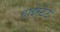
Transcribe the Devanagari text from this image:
हाईस्टेट